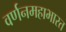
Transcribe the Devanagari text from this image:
वर्णनमहाभारत